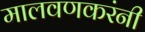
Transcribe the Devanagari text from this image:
मालवणकरंनी